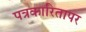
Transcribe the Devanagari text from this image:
पत्रकारितापर